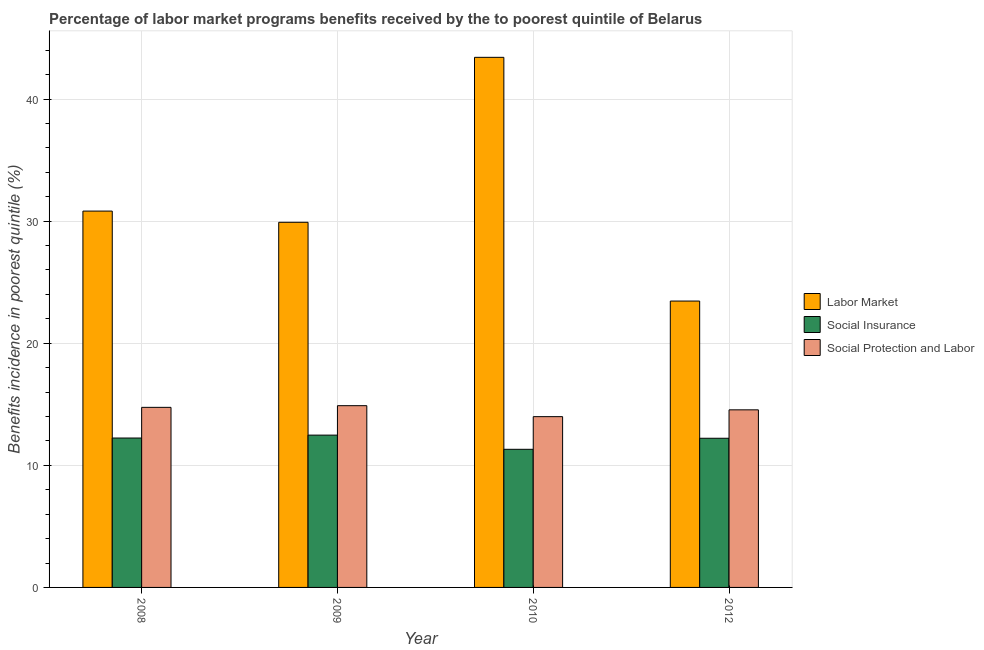
| Year | Labor Market | Social Insurance | Social Protection and Labor |
 | --- | --- | --- | --- |
 | 2008 | 30.8 | 12.2 | 14.7 |
 | 2009 | 29.9 | 12.5 | 14.9 |
 | 2010 | 43.4 | 11.3 | 14 |
 | 2012 | 23.5 | 12.2 | 14.5 |